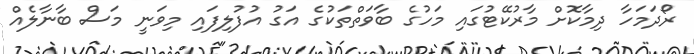
ރޯދަމަހާ ދިމާކޮށް މާރުކޭޓުގައި މަހުގެ ބާވަތްތަކުގެ އަގު އުފުލިފައި މިވަނީ މަސް ބާނާލެއް